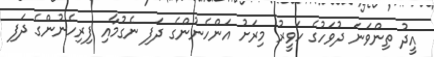
އީދު ތިންވަނަ ދުވަހުގެ ހަވީރު މިރަށު އަންހެނުންގެ ދަފި ނެގުމާއި ފިރިހެނުންގެ ދަފި